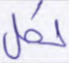
لكل